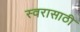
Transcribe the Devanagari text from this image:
स्वरासाठी